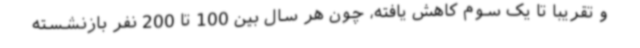
و تقریبا تا یک سوم کاهش یافته، چون هر سال بین 100 تا 200 نفر بازنشسته